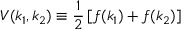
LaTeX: V ( k _ { 1 } , k _ { 2 } ) \equiv { \frac { 1 } { 2 } } \left[ f ( k _ { 1 } ) + f ( k _ { 2 } ) \right]